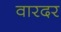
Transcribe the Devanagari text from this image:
वारदर